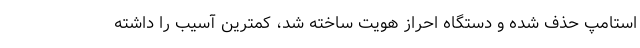
استامپ حذف شده و دستگاه احراز هویت ساخته شد، کمترین آسیب را داشته